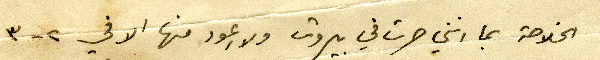
الخلاصة بما انني صرت في بيروت ولا اعود منها الا في ٢ -٣